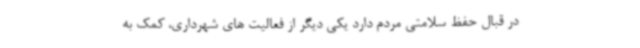
در قبال حفظ سلامتی مردم دارد یکی دیگر از فعالیت های شهرداری، کمک به